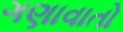
ગણાવાતો